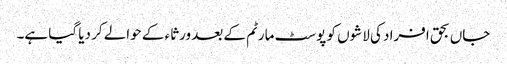
جاں بحق افراد کی لاشوں کو پوسٹ مارٹم کے بعد ورثاء کے حوالے کر دیا گیا ہے۔